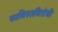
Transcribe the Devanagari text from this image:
फासिस्तविरोधी